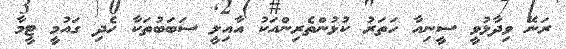
ރަނޭ ވިދާޅުވީ ސީނިއާ ހަތަރު ކުޅުންތެރިންއަކު އާއިލީ ސަބަބުތަކާ ހެދި ގައުމީ ޓީމާ